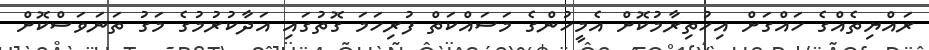
ރައްޔިތެއްގެ ހައްގަށް އިހުތިރާމުކޮށް އެމީހުންގެ މަސައްކަތް ފުރިހަމަ ގޮތުގައި އަދާކުރުމުގެ މަގު ތަނަވަސްކޮށް